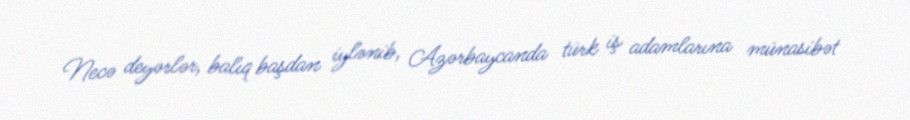
Necə deyərlər, balıq başdan iylənib, Azərbaycanda türk iş adamlarına münasibət